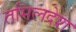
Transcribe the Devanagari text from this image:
तमिलदेश